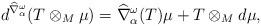
LaTeX: \begin{align*}d^{\widehat{\nabla}^{\omega}_{\alpha}}(T\otimes_M \mu)=\widehat{\nabla}^{\omega}_{\alpha}(T) \mu +T \otimes_M d\mu , \end{align*}